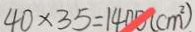
4 0 \times 3 5 = 1 4 0 0 ( c m ^ { 2 } )